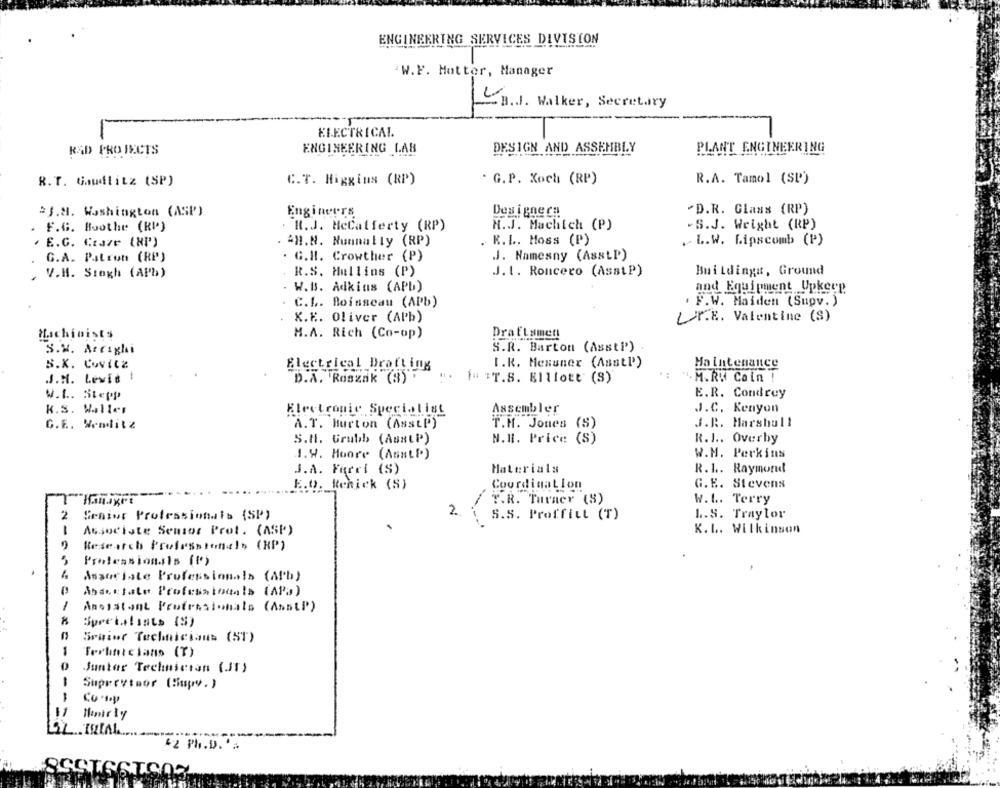
ENGINEERING SERVICES DIVISION
W.F. Mutter, Manager
La.J. Walker, Secretary
ELECTRICAL.
RAD PROJECTS
ENGINEERING LAB
DESIGN AND ASSEMBLY
PLANT ENGINEERING
R. T. Gaudlitz (SP)
C.T. Higgins (RP)
. G.P. Koch (RP)
R.A. Tamol (SP)
=f.a. Washington (ASP)
Engineers
Des igne ca
"D.R. Glass (RP)
. F.G. Boothe (RP)
. R.J. MeCatferty (RP)
N.J. Machich (P)
-S.J. Wright (RP)
. E.G. Ctaze (HP')
.AH.N. Nunnally (RP)
R.L. Moss (P)
. L.W. Lipscomb (P)
G.A. Patron (RP)
. G.H. Crowther (P)
J. Namesny (AssLP)
V.H. Siegh (APb)
R.S. Mullins (P)
J.L. Roncero (AsstP)
Buildinga, Ground
W.B. Adkins (APb)
and Equipment Upkeep
C.L. Boisseau (APb)
. F.W. Maiden (Supv. )
K.K. Oliver (APb)
LUP.E. Valentine (S)
Machinists
H.A. Rich (Co-op)
Draftsment
S.R. Barton (AsstP')
S.M. Arrighi
Ha intenance
S.K. Covitz
Electrical Drafting
I.R. Messner (Asstl')
J.M. Levie !
D.A. Roszak (3).
. .
M.R. Coin !
## TT.S. Elliott (S)
W.L. Siepp
E.R. Condrey
k.S. Waller
Electronic Specialist
Assembler
J.C. Kenyon
G.E. Wenditz
A. T. Burton (Asstl')
T.H. Jones (S)
J.R. Marshall
S.H. Grubb (ABBLP)
N.R. Price (S)
R.I .. Overby
1.W. Moore (AssLP)
W.M. Perkins
J.A. Ferri (S)
Materials
R.1 .. Raymond
E.O. Renick (S)
Coordination
G. E. Stevens
--
Hanaget
T.R. Turner (S)
W.L. Terry
2.
2
Senior Professionals (SP)
S.S. Proffitt (T)
L.S. Traylor
K.L. Wilkinson
1
Associate Semsor Prot. (ASP)
Research Professionals (HP)
Professionals [[')
Associate Professionals (Afh)
Abdictate Professionals (APa)
1
Assistant Professionals (ANSLP)
Sruior Technicians (51)
1
Forhintclans (T)
Juntar Technician (JT)
1
Supervteor (Hupv. )
-
Co .ty
Mamir ly
42 Ph.D. '=
TO